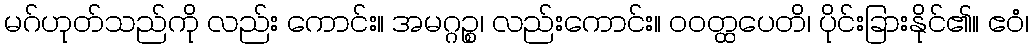
မဂ်ဟုတ်သည်ကို လည်း ကောင်း။ အမဂ္ဂဉ္စ၊ လည်းကောင်း။ ဝဝတ္ထပေတိ၊ ပိုင်းခြားနိုင်၏။ ဧဝံ၊